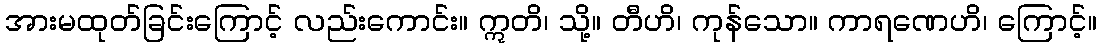
အားမထုတ်ခြင်းကြောင့် လည်းကောင်း။ ဣတိ၊ သို့။ တီဟိ၊ ကုန်သော။ ကာရဏေဟိ၊ ကြောင့်။